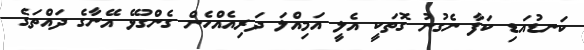
ކަނޑުއަޑި ކަފާ ނެގުނު ގޮތަކީ އެލީ އަމިއްލަ ދަރިއެއްހެން ގެންގުޅޭ އޭނާގެ ދައްތަގެ